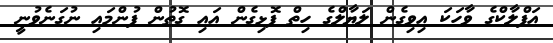
އަފްލާކްގެ ވާހަކަ އިވިގެން ލަޔާލްގެ ހިތް ފޮޅިގެން އައި ގޮތުން ފުންމައި ނުގަނެވުނީ